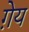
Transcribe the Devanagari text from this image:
ग़ेय